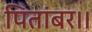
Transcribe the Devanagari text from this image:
पितांबर।।